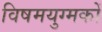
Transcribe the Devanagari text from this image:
विषमयुग्मकों